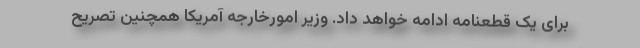
برای یک قطعنامه ادامه خواهد داد. وزیر امورخارجه آمریکا همچنین تصریح